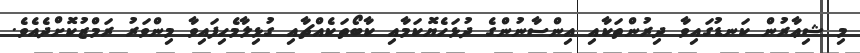
މި ޝިޢާރުން ކަނޑުގައިވާ ދިރުންތަކާއި އިންސާނުންގެ ދުޅަހެޔޮކަމާއި ކާބޯތަކެއްޗާއި ގުޅިލާމެހިފައިވާ މިންވަރު ރަމްޒުކޮށްދެއެވެ.